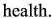
health.